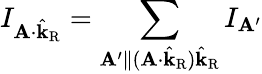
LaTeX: I_{\mathbf{A}\cdot\hat{\mathbf{k}}_{\mathrm{R}}}=\sum_{\mathbf{A}^{\prime}\parallel(\mathbf{A}\cdot\hat{\mathbf{k}}_{\mathrm{R}})\hat{\mathbf{k}}_{\mathrm{R}}}I_{\mathbf{A}^{\prime}}